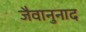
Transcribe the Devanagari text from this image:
जैवानुनाद